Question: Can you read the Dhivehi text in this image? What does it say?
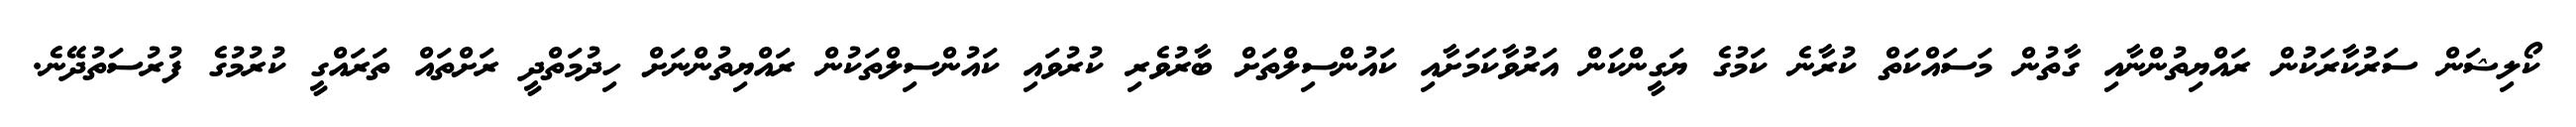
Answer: ކޯލިޝަން ސަރުކާރަކުން ރައްޔިތުންނާއި ގާތުން މަސައްކަތް ކުރާނެ ކަމުގެ ޔަގީންކަން އަރުވާކަމަށާއި ކައުންސިލްތަށް ބާރުވެރި ކުރުވައި ކައުންސިލްތަކުން ރައްޔިތުންނަށް ހިދުމަތްދީ ރަށްތައް ތަރައްގީ ކުރުމުގެ ފުރުސަތުދޭނެ.